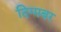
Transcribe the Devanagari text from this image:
दिग्मबर